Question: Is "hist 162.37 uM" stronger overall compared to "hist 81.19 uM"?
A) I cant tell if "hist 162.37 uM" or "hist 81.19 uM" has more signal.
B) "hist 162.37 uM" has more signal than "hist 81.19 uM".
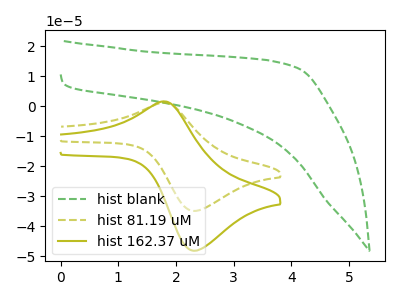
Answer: <think>The green dashed curve "hist blank" has no peaks. The olive dashed curve "hist 81.19 uM" has an anodic peak at (1.80V, 1.15uA) and a cathodic peak at (2.35V, -34.90uA). The olive curve "hist 162.37 uM" has an anodic peak at (1.80V, 1.60uA) and a cathodic peak at (2.35V, -48.20uA).
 All the peaks in "hist 162.37 uM" have a peak in "hist 81.19 uM" at the same potential. Every peak in "hist 162.37 uM" is higher than every peak in "hist 81.19 uM".</think>
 <answer>B) "hist 162.37 uM" has more signal than "hist 81.19 uM".</answer>
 <eval>B</eval>